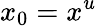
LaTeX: x_{0}=x^{u}